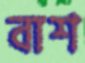
বাশ